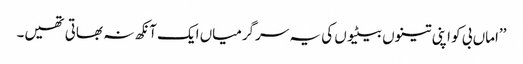
’’اماں بی کو اپنی تینوں بیٹیوں کی یہ سرگرمیاں ایک آنکھ نہ بھاتی تھیں۔